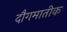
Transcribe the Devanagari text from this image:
दौगमातीक